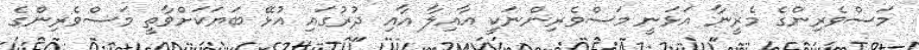
މަސްވެރިންގެ މެރީނާ އަޅަނީ މަސްވެރިންނަކީ އާއިލާ އާއި ދުރުގައި އުޅޭ ބަޔަކަށްވާތީ މަސްވެރިންގެ